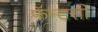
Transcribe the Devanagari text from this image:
फॅन्टसी